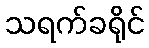
သရက်ခရိုင်